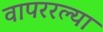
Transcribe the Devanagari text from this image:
वापररल्या